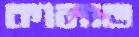
কানাভ